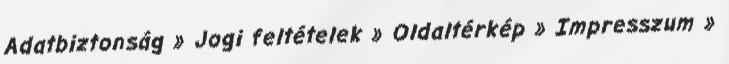
Adatbiztonság » Jogi feltételek » Oldaltérkép » Impresszum »